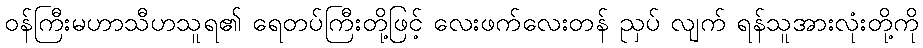
ဝန်ကြီးမဟာသီဟသူရ၏ ရေတပ်ကြီးတို့ဖြင့် လေးဖက်လေးတန် ညှပ် လျက် ရန်သူအားလုံးတို့ကို